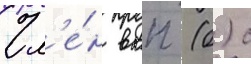
Чл'е́н вкп (б) с